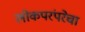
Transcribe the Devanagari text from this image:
लोकपरंपरेचा